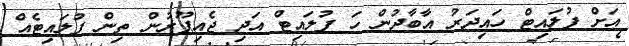
އަށް ފުލައިޓް ހައިދަރު އާބާދުން ހަ ފުލައިޓް އަދި ޖެއިޕޫރުން ތިން ފުލައިޓެއް